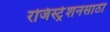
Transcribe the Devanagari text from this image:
रजिस्ट्रेशनसाठी